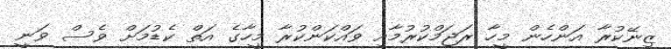
ޒިނޭކުރާ އަންހެން މީހާ ރަޖަމްކުރުމާއި ވައްކަންކުރާ މީހާގެ އަތް ކެޑުމަށް ވެސް ވަނީ